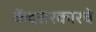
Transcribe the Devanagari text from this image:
केंद्रसरकारचे